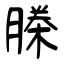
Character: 榺